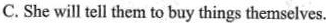
C. She will tell them to buy things themselves.